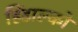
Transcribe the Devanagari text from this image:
हिंडाल्‍को